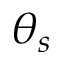
\theta _ { s }